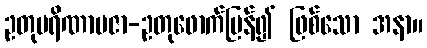
ဥတုပရိဏာမဇာ-ဥတုဖောက်ပြန်၍ ဖြစ်သော အနာ။